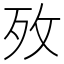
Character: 𭣤